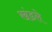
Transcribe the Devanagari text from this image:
खंडले